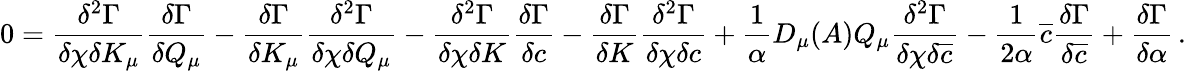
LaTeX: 0=\frac{\delta^{2}\Gamma}{\delta\chi\delta K_{\mu}}\frac{\delta\Gamma}{\delta Q_{\mu}}-\frac{\delta\Gamma}{\delta K_{\mu}}\frac{\delta^{2}\Gamma}{\delta\chi\delta Q_{\mu}}-\frac{\delta^{2}\Gamma}{\delta\chi\delta K}\frac{\delta\Gamma}{\delta c}-\frac{\delta\Gamma}{\delta K}\frac{\delta^{2}\Gamma}{\delta\chi\delta c}+\frac{1}{\alpha}D_{\mu}(A)Q_{\mu}\frac{\delta^{2}\Gamma}{\delta\chi\delta\overline{{{c}}}}-\frac{1}{2\alpha}\overline{{{c}}}\frac{\delta\Gamma}{\delta\overline{{{c}}}}+\frac{\delta\Gamma}{\delta\alpha}\, .